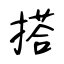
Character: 搭